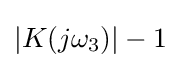
|K(j\omega _{3})|-1